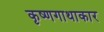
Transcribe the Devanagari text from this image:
कृष्णगाथाकार